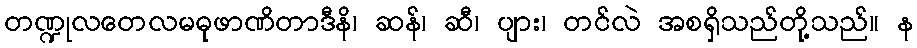
တဏ္ဍုလတေလမဓုဖာဏိတာဒီနိ၊ ဆန်၊ ဆီ၊ ပျား၊ တင်လဲ အစရှိသည်တို့သည်။ န